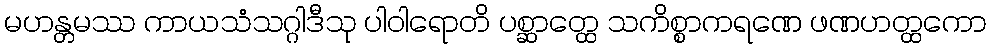
မဟန္တမဿ ကာယသံသဂ္ဂါဒီသု ပါဝါရောတိ ပစ္ဆာတ္ထေ သကိစ္စာကရဏေ ဖဏဟတ္ထကော